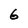
Character: 6